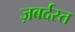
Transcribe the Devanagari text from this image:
ज़बर्दस्‍त